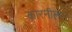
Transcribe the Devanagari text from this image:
कारनीलस